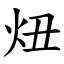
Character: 炄